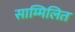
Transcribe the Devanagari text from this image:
साम्मिलित